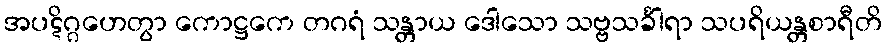
အပဋိဂ္ဂဟေတွာ ကောဋ္ဌကေ တဂရံ သန္တာယ ဒေါသော သဗ္ဗသင်္ခါရာ သပရိယန္တစာရီတိ